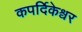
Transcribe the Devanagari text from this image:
कपर्दिकेश्वर